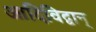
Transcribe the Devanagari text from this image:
आदिविद्वान्‌